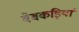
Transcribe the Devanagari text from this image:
वेबकड़ियां